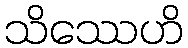
သိဿေဟိ